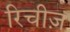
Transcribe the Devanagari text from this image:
रिचीज़